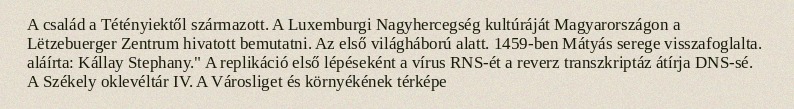
A család a Tétényiektől származott. A Luxemburgi Nagyhercegség kultúráját Magyarországon a Lëtzebuerger Zentrum hivatott bemutatni. Az első világháború alatt. 1459-ben Mátyás serege visszafoglalta. aláírta: Kállay Stephany." A replikáció első lépéseként a vírus RNS-ét a reverz transzkriptáz átírja DNS-sé. A Székely oklevéltár IV. A Városliget és környékének térképe